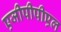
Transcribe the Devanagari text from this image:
एजीपीपीएल